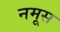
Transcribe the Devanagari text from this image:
नमूस